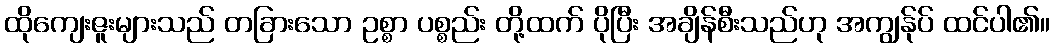
ထိုကျေးဇူးများသည် တခြားသော ဥစ္စာ ပစ္စည်း တို့ထက် ပိုပြီး အချိန်စီးသည်ဟု အကျွန်ုပ် ထင်ပါ၏။